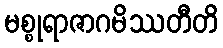
မစ္စုရာဇာဂမိဿတီတိ